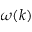
\omega ( k )